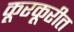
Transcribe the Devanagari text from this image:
कूरकूरीत